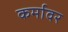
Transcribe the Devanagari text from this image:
कर्मावर